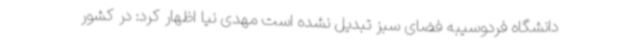
دانشگاه فردوسیبه فضای سبز تبدیل نشده است مهدی نیا اظهار کرد: در کشور